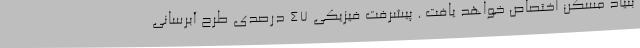
بنیاد مسکن اختصاص خواهد یافت . پیشرفت فیزیکی 47 درصدی طرح آبرسانی